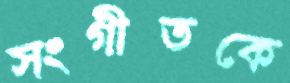
সংগীতকে